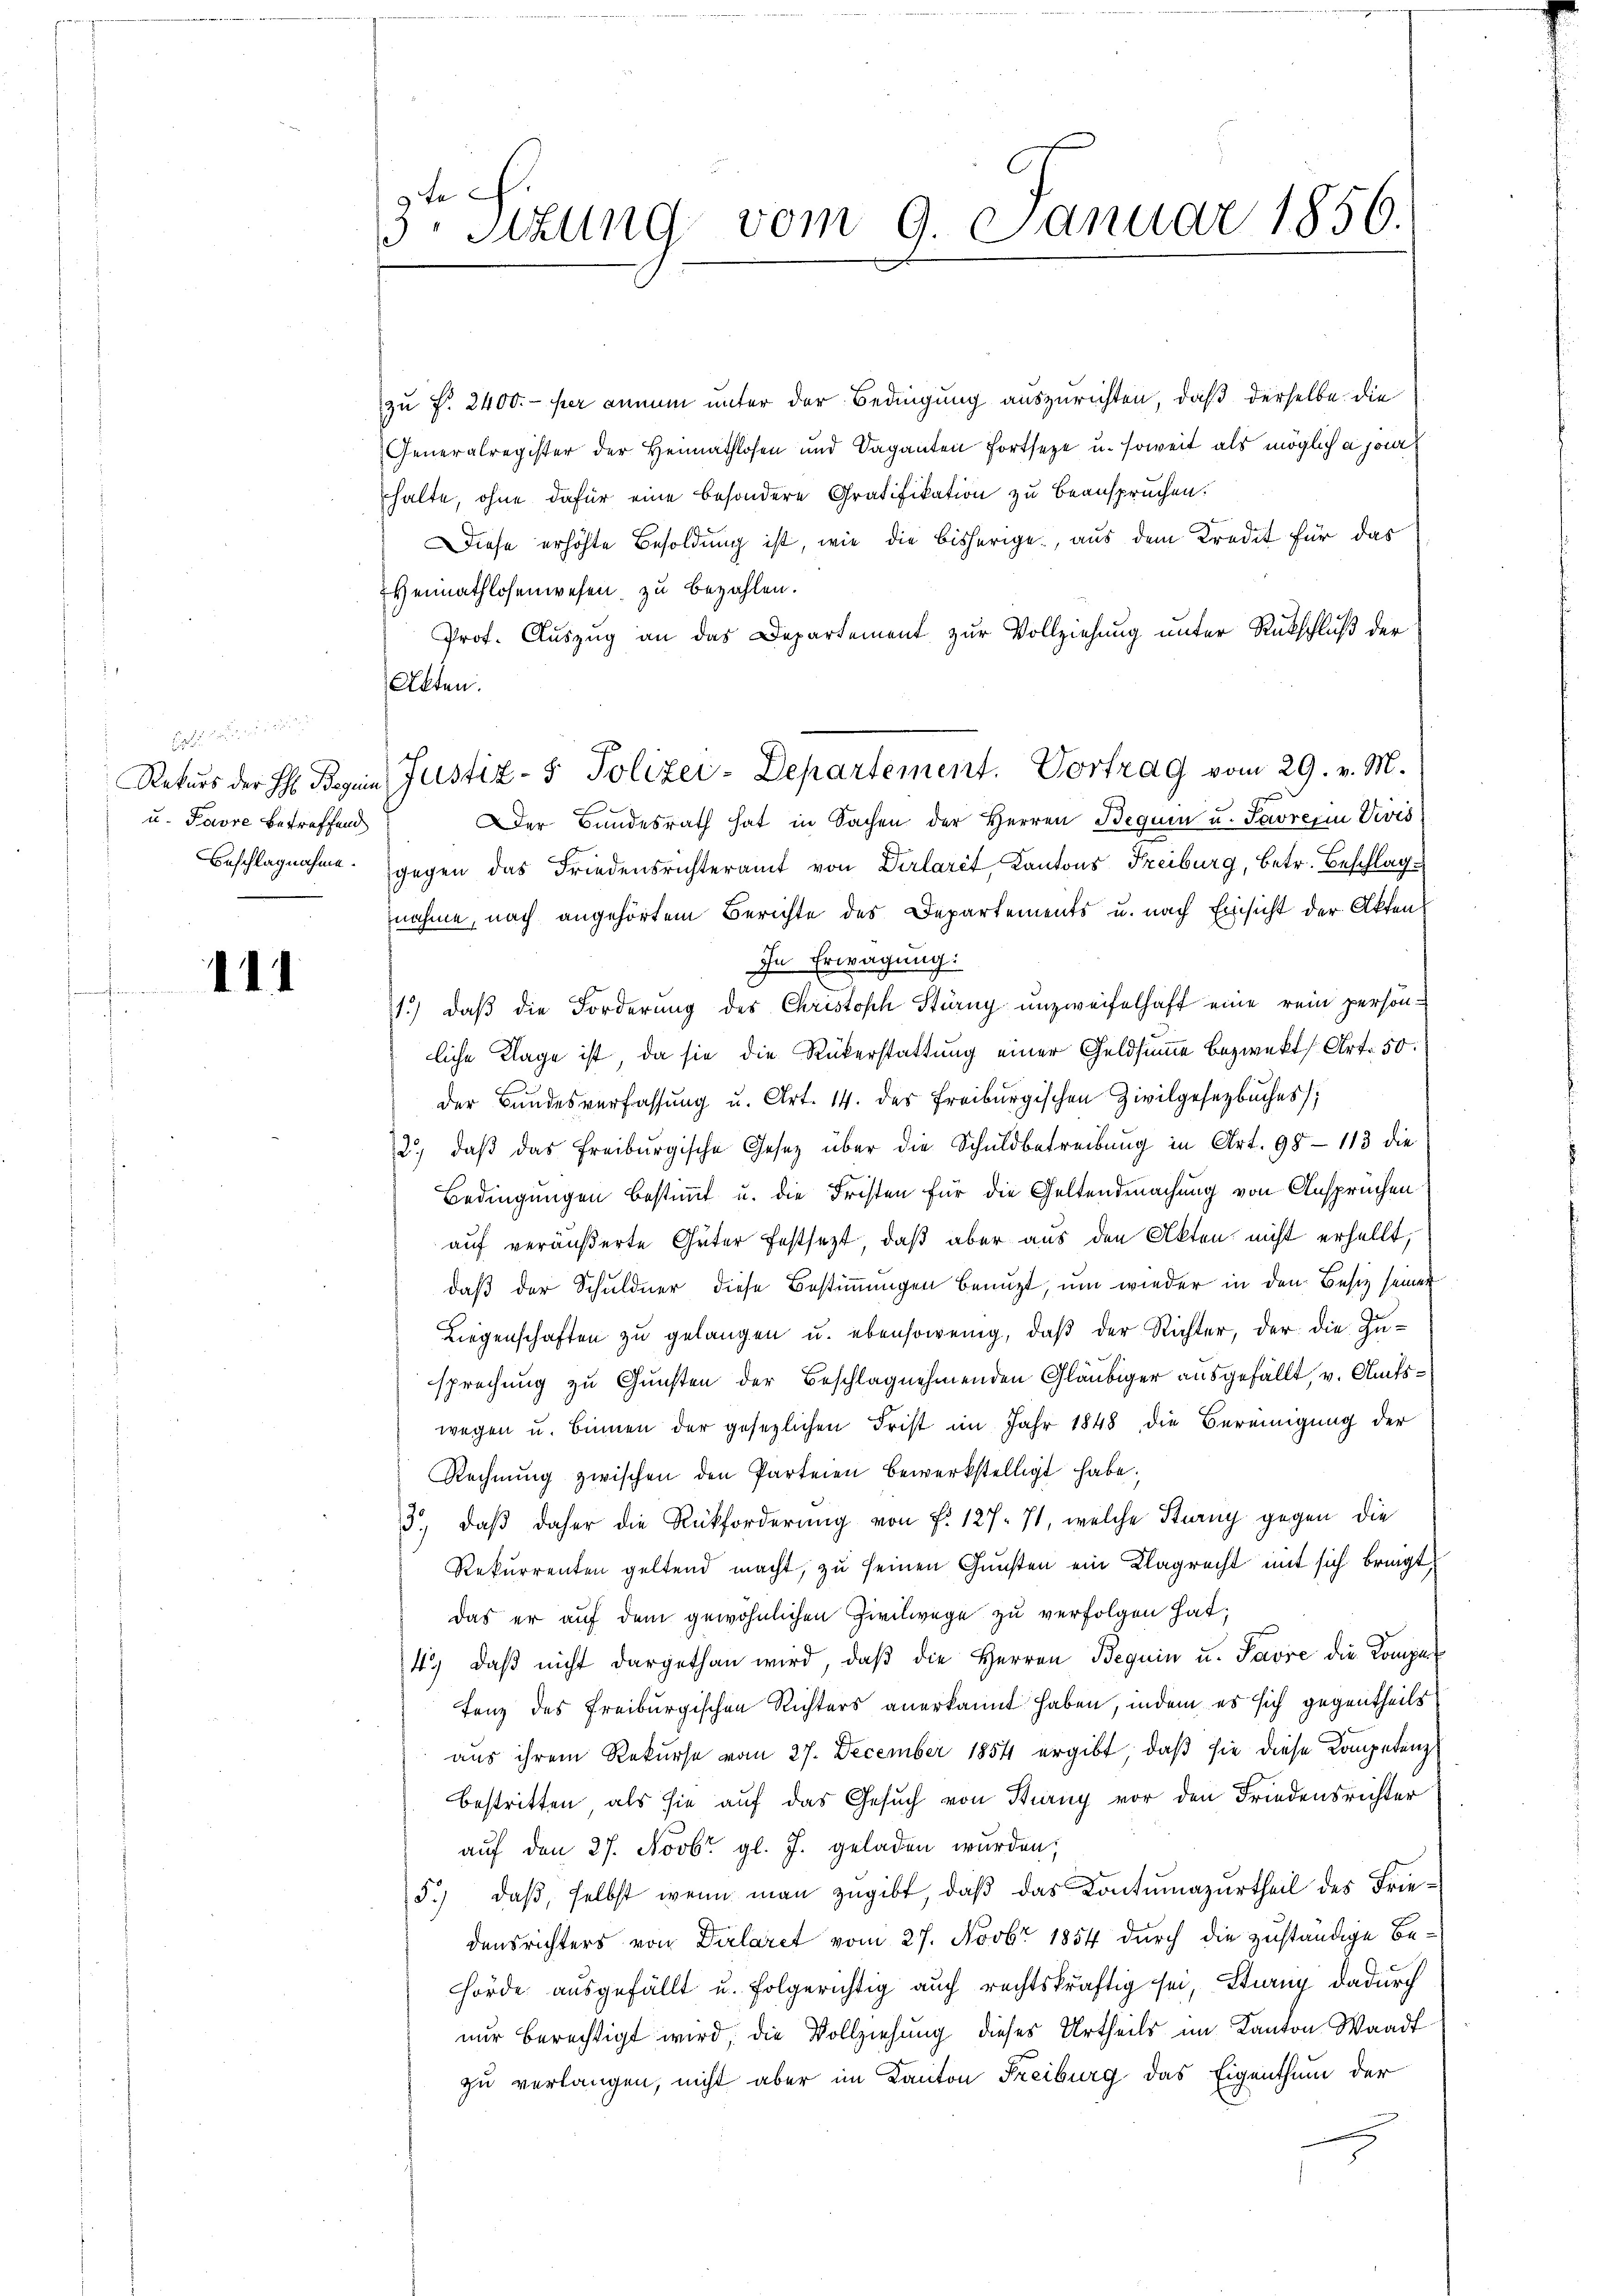
Gelegt u. wi
u. Favre betreffend

111

9 te
3. Sitzung vom 9. Januar 1856.

zu f. 2400.- per annum unter der Bedingung auszurichten, daß derselbe die
Generalregister der Heimathlosen und Vaganten fortseze u. soweit als mögliche je
halte, ohne dafür eine besondere Gratifikation zu beanspruchen.
Diese erhöhte Besoldung ist, wie die bisherige, aus dem Kredit für das
Heimathlosenwesen, zu bezahlen.
Prof. Auszug an das Departement zur Vollziehung unter Rückschluß der
Alten.
Der Bundesrath hat in Sachen der Herren Bequen u. Savre in Vivis
Beschlagnahme gegen das Friedensrichteramt von Dirlarêt, Kantons Freiburg, betr. Beschlag
nahme, nach angehörtem Berichte des Departements u. nach Einsicht der Akten
In Erwägung:
1.) daß die Forderung des Christoph Stung unzweifelhaft eine rein persönliche Klage ist, da sie die Rükerstattung einer Geldsumme bezwekt Art. 50.
der Bundesverfassŭng u. Art. 14. des Freiburgischen Zivilgesetzbuches);
12., daβ das Freiburgische Gesetz über die Schuldbetreibŭng in Art. 98-113 die
Bedingungen bestimmt u. die Fristen für die Geltendmachung von Anspruchen
auf veräußerte Güter festsezt, daß aber aus den Akten nicht erhellt,
daß der Schuldner diese Bestimmungen benuzt, um wieder in den Besitz seiner
Liegenschaften zu gelangen u. ebensowenig, daβ der Richter, der die Zu-
sprechung zu Gunsten der Beschlagnehmenden Gläubiger ausgefällt, v. Amtswegen u. binnen der gesezlichen Frist im Jahr 1848 die Bereinigung der
Rechnŭng zwischen den Parteien bewerkstelligt habe;
3., daβ daher die Rückforderung von f. 127. 71, welche Stang gegen die
Rekurrenten geltend macht, zu seinen Gunsten ein Klagrecht mit sich bringt,
das er auf dem gewöhnlichen Zivilwege zu verfolgen hat;
4. daβ nicht dargethan wird, daβ die Herren Beguin u. Favre die Komper
Tanz des Freiburgischen Richters anerkannt haben, indem es sich gegentheils
aus ihrem Rekurse vom 27. December 1854 ergibt, daß sie diese Kompetenz
bestritten, als sie auf das Gesuch von Stung vor den Friedensrichter
auf den 27. Novbr. gl. J. geladen wurden,
5.) daß, selbst wenn man zugibt, daß das Contumazurtheil des Friedensrichters von Dirlaret vom 27. Novbr 1854 durch die zuständige Behörde ausgefällt u. folgerichtig auch rechtskräftig sei, Stung dadurch
nur berechtigt wird, die Vollziehung dieses Urtheils im Kanton Waadt
zu verlangen, nicht aber im Kanton Freiburg das Eigenthum der

Rekŭrs der H. Regen Justiz- & Polizei-Departement. Vortrag vom 29. v. M.